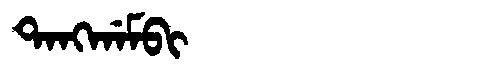
Manchu: ᡨᠠᠩᡤᠠᠮᠪᡳ
Romanization: TANGGAMBI